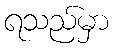
ရသည်မှာ